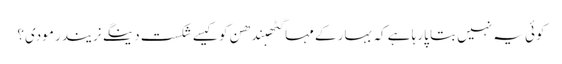
کوئی یہ نہیں بتا پارہا ہے کہ بہار کے مہاگٹھبندھن کو کیسے شکست دینگے نریندر مودی؟